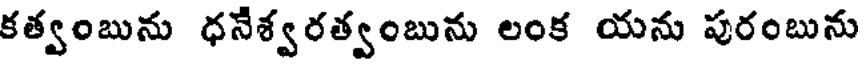
కత్వంబును ధనేశ్వరత్వంబును లంక యను పురంబును